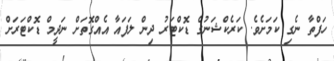
ހަފްތާ ނެގި ކަމަށެވެ. ކަރެކްޝަނުގެ ޑޮކްޓަރު ދިން ލަފައާ އެއްގޮތަށް ނަދީމް ޑޮކްޓަރަށް